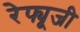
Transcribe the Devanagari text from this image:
रेफ्यूजी